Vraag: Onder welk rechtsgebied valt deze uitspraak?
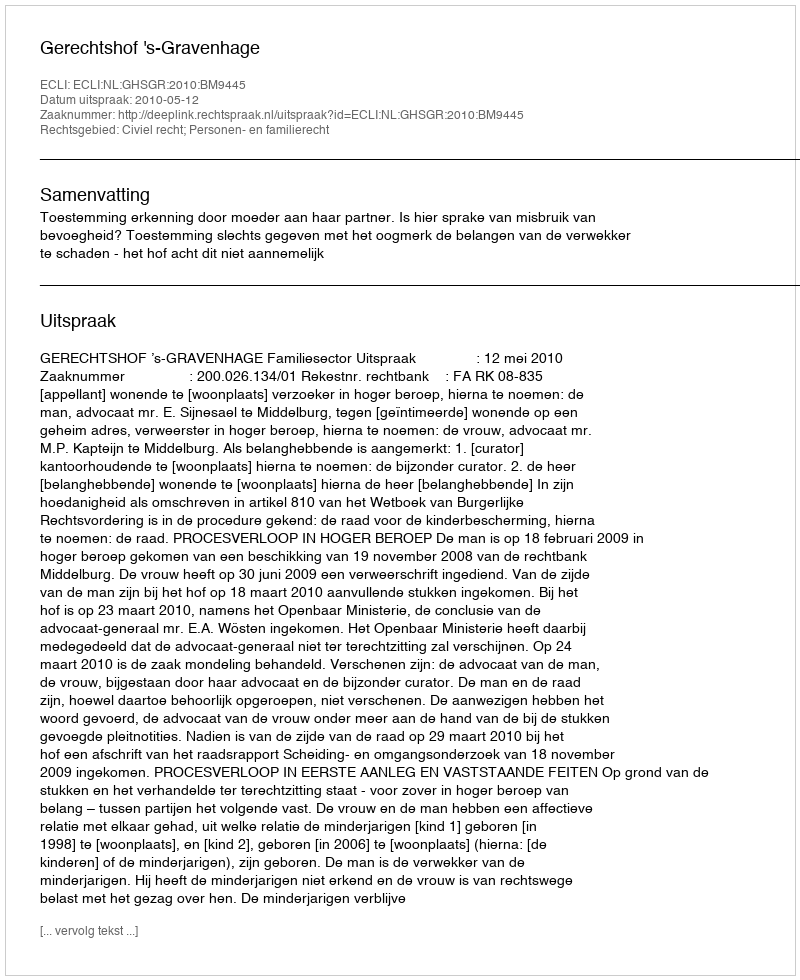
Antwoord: Civiel recht; Personen- en familierecht